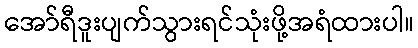
အော်ရီဒူးပျက်သွားရင်သုံးဖို့အရံထားပါ။